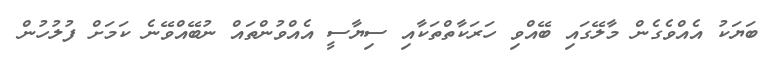
ބަޔަކު އެއްވެގެން މާލޭގައި ބޭއްވި ހަރަކާތްތަކާއި ސިޔާސީ އެއްވުންތައް ނުބޭއްވޭނެ ކަމަށް ފުލުހުން